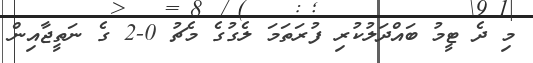
މި ދެ ޓީމު ބައްދަލުކުރި ފުރަތަމަ ލެގުގެ މެޗު 0-2 ގެ ނަތީޖާއިން